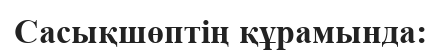
Cасықшөптің құрамында: